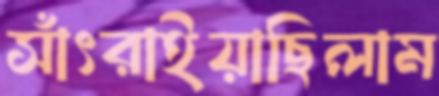
সাঁৎরাইয়াছিলাম